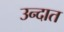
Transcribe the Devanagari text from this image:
उन्दात